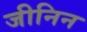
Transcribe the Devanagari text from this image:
जीनिन